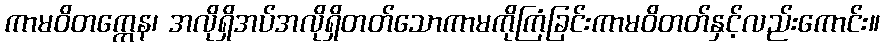
ကာမဝိတက္ကေန၊ အလိုရှိအပ်အလိုရှိတတ်သောကာမကိုကြံခြင်းကာမဝိတတ်နှင့်လည်းကောင်း။